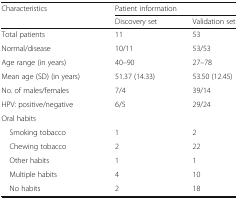
<table><thead><tr><td rowspan="2"><b>Characteristics</b></td><td colspan="2"><b>Patient information</b></td></tr><tr><td><b>Discovery set</b></td><td><b>Validation set</b></td></tr></thead><tbody><tr><td>Total patients</td><td>11</td><td>53</td></tr><tr><td>Normal/disease</td><td>10/11</td><td>53/53</td></tr><tr><td>Age range (in years)</td><td>40–90</td><td>27–78</td></tr><tr><td>Mean age (SD) (in years)</td><td>51.37 (14.33)</td><td>53.50 (12.45)</td></tr><tr><td>No. of males/females</td><td>7/4</td><td>39/14</td></tr><tr><td>HPV: positive/negative</td><td>6/5</td><td>29/24</td></tr><tr><td colspan="3">Oral habits</td></tr><tr><td> Smoking tobacco</td><td>1</td><td>2</td></tr><tr><td> Chewing tobacco</td><td>2</td><td>22</td></tr><tr><td> Other habits</td><td>1</td><td>1</td></tr><tr><td> Multiple habits</td><td>4</td><td>10</td></tr><tr><td> No habits</td><td>2</td><td>18</td></tr></tbody></table>